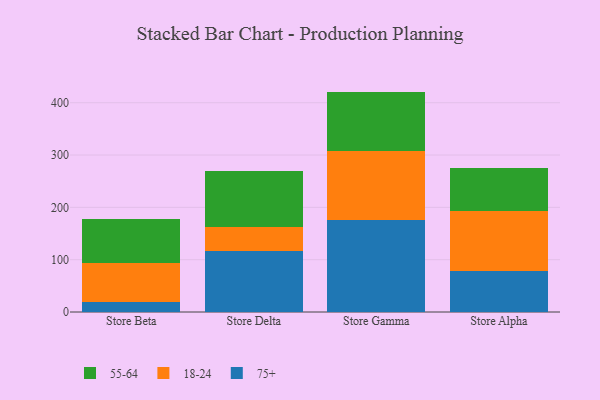
{"axis": {"x": "Store", "y": "Temperature (°C)"}, "legend": ["18-24", "55-64", "75+"], "data": [{"x": "Store Beta", "y": 19.6, "type": "75+"}, {"x": "Store Beta", "y": 73.6, "type": "18-24"}, {"x": "Store Beta", "y": 84.9, "type": "55-64"}, {"x": "Store Delta", "y": 116.2, "type": "75+"}, {"x": "Store Delta", "y": 46.2, "type": "18-24"}, {"x": "Store Delta", "y": 107.8, "type": "55-64"}, {"x": "Store Gamma", "y": 175.5, "type": "75+"}, {"x": "Store Gamma", "y": 131.9, "type": "18-24"}, {"x": "Store Gamma", "y": 113.9, "type": "55-64"}, {"x": "Store Alpha", "y": 77.8, "type": "75+"}, {"x": "Store Alpha", "y": 114.5, "type": "18-24"}, {"x": "Store Alpha", "y": 83.2, "type": "55-64"}]}